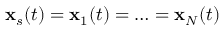
\mathbf { x } _ { s } ( t ) = \mathbf { x } _ { 1 } ( t ) = \ldots = \mathbf { x } _ { N } ( t )